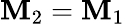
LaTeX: \mathbf{M}_{2}=\mathbf{M}_{1}